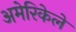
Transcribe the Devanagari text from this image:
अमेरिकेले